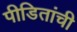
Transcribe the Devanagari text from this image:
पीडितांची